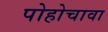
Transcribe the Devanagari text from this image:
पोहोचावा